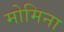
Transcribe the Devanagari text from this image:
मोमिना